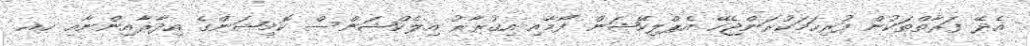
އެދޭ ފަރާތްތަކުން ފުރިހަމަކުރަންޖެހޭ އެޕްލިކޭޝަން ފޯމާއި އިޤުރާރު އިލެކްޝަންސް ކޮމިޝަންގެ އިދާރާއިންނާއި ހއ.